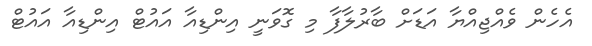
އެހެން ވެއްޖިއްޔާ އަޑަށް ބާރުލާފާ މި ގޮވަނީ އިންޑިއާ އައުޓް އިންޑިއާ އައުޓް